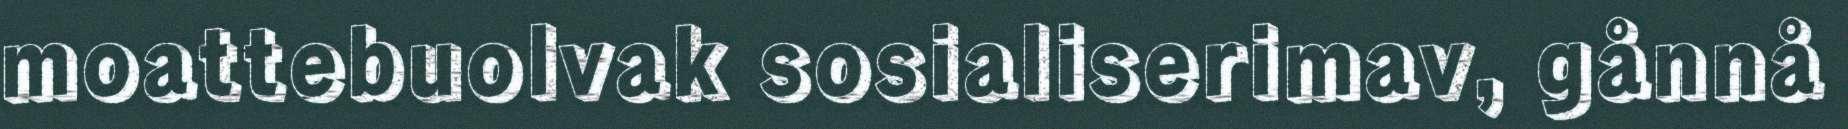
moattebuolvak sosialiserimav, gånnå